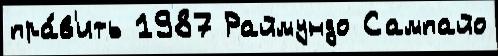
пра́в'ить 1987 Раймундо Сампайо